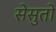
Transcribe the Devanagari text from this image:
सेसुतो